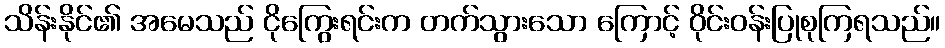
သိန်းနိုင်၏ အမေသည် ငိုကြွေးရင်းက တက်သွားသော ကြောင့် ဝိုင်းဝန်းပြုစုကြရသည်။